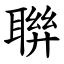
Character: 聨